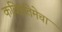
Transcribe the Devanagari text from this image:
कविप्रतिमेचा